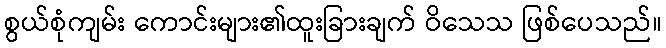
စွယ်စုံကျမ်း ကောင်းများ၏ထူးခြားချက် ဝိသေသ ဖြစ်ပေသည်။